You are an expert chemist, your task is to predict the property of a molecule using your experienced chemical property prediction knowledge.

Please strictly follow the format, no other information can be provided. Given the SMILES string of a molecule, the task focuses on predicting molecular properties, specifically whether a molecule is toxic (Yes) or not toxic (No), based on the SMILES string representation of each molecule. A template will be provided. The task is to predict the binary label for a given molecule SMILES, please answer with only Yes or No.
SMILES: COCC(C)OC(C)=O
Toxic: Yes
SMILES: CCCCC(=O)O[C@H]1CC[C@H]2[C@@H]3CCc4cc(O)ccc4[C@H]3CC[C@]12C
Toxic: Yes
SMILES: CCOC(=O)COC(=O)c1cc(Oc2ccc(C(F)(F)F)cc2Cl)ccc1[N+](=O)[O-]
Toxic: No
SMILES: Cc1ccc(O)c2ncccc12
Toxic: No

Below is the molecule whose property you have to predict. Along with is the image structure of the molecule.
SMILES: NCCNCCNCCNCCN
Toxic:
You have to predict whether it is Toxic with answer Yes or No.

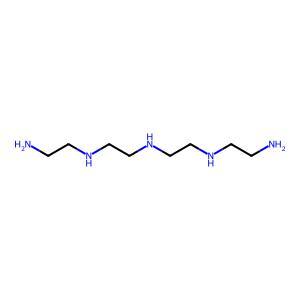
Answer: No